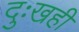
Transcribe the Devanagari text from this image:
दुःखही